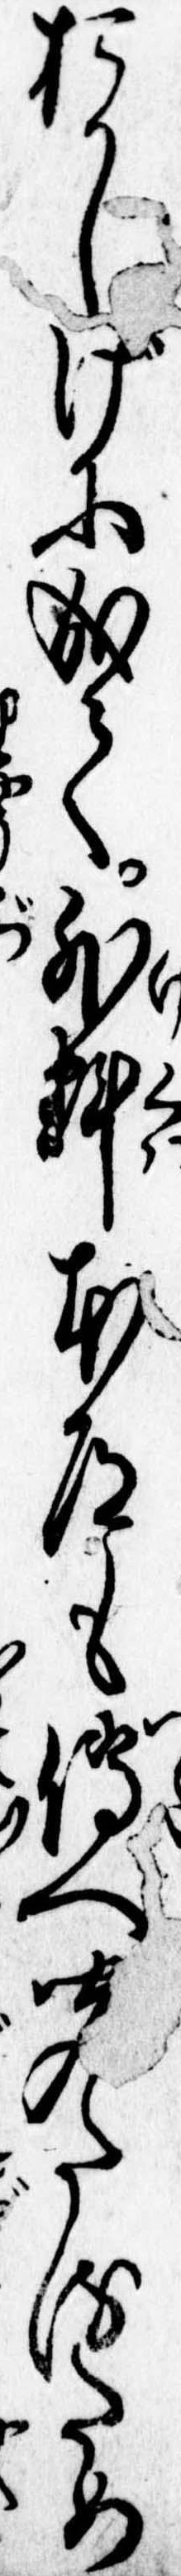
おかしげに成て外科本道も伝へ聞たるため